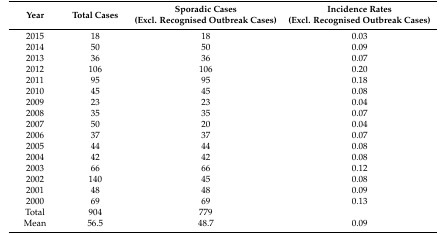
<table><thead><tr><td><b>Year</b></td><td><b>Total Cases</b></td><td><b>Sporadic Cases (Excl. Recognised Outbreak Cases)</b></td><td><b>Incidence Rates (Excl. Recognised Outbreak Cases)</b></td></tr></thead><tbody><tr><td>2015</td><td>18</td><td>18</td><td>0.03</td></tr><tr><td>2014</td><td>50</td><td>50</td><td>0.09</td></tr><tr><td>2013</td><td>36</td><td>36</td><td>0.07</td></tr><tr><td>2012</td><td>106</td><td>106</td><td>0.20</td></tr><tr><td>2011</td><td>95</td><td>95</td><td>0.18</td></tr><tr><td>2010</td><td>45</td><td>45</td><td>0.08</td></tr><tr><td>2009</td><td>23</td><td>23</td><td>0.04</td></tr><tr><td>2008</td><td>35</td><td>35</td><td>0.07</td></tr><tr><td>2007</td><td>50</td><td>20</td><td>0.04</td></tr><tr><td>2006</td><td>37</td><td>37</td><td>0.07</td></tr><tr><td>2005</td><td>44</td><td>44</td><td>0.08</td></tr><tr><td>2004</td><td>42</td><td>42</td><td>0.08</td></tr><tr><td>2003</td><td>66</td><td>66</td><td>0.12</td></tr><tr><td>2002</td><td>140</td><td>45</td><td>0.08</td></tr><tr><td>2001</td><td>48</td><td>48</td><td>0.09</td></tr><tr><td>2000</td><td>69</td><td>69</td><td>0.13</td></tr><tr><td>Total</td><td>904</td><td>779</td><td></td></tr><tr><td>Mean</td><td>56.5</td><td>48.7</td><td>0.09</td></tr></tbody></table>